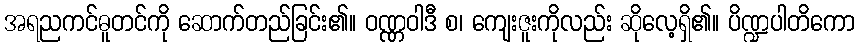
အရညကင်ဓူတင်ကို ဆောက်တည်ခြင်း၏။ ဝဏ္ဏဝါဒီ စ၊ ကျေးဇူးကိုလည်း ဆိုလေ့ရှိ၏။ ပိဏ္ဍပါတိကော